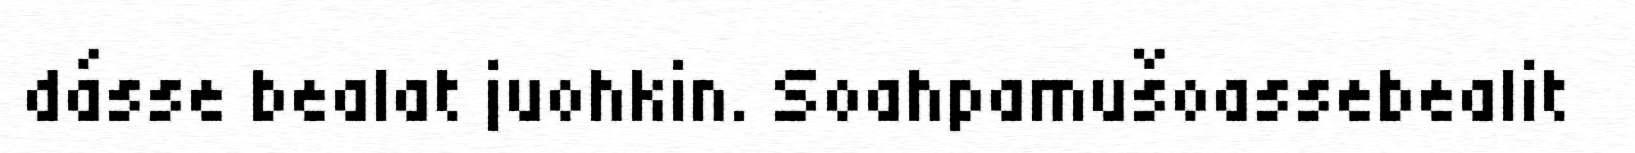
dásse bealat juohkin. Soahpamušoassebealit